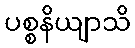
ပစ္စနိယျာသိ